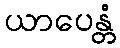
ယာပေန္တံ